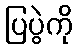
ပြပွဲကို